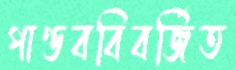
পাণ্ডববিবর্জিত